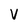
Character: v